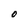
Character: O